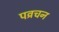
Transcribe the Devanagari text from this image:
पव्रचन